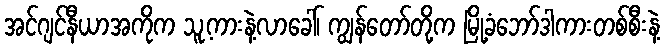
အင်ဂျင်နီယာအကိုက သူ့ကားနဲ့လာခေါ်၊ ကျွန်တော်တို့က မြို့ခံဘော်ဒါကားတစ်စီးနဲ့